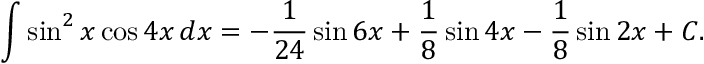
\int \sin ^ { 2 } x \cos 4 x \, d x = - { \frac { 1 } { 2 4 } } \sin 6 x + { \frac { 1 } { 8 } } \sin 4 x - { \frac { 1 } { 8 } } \sin 2 x + C .